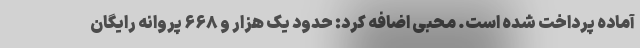
آماده پرداخت شده است. محبی اضافه کرد: حدود یک هزار و ۶۶۸ پروانه رایگان